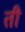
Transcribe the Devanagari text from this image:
ती